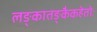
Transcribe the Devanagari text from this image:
लङ्कातङ्कैकहेतोः